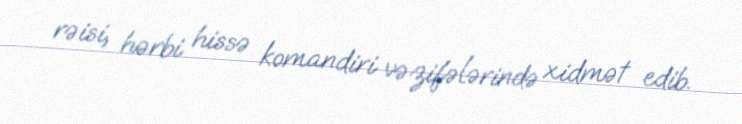
rəisi, hərbi hissə komandiri vəzifələrində xidmət edib.